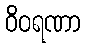
ဝိဝရဏာ